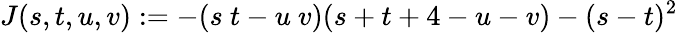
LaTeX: J(s,t,u,v):=-(s~t-u~v)(s+t+4-u-v)-(s-t)^{2}\,